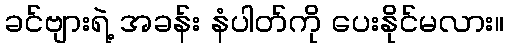
ခင်ဗျားရဲ့ အခန်း နံပါတ်ကို ပေးနိုင်မလား။